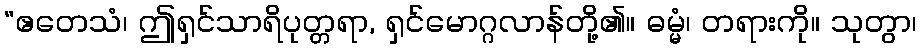
“ဧတေသံ၊ ဤရှင်သာရိပုတ္တရာ, ရှင်မောဂ္ဂလာန်တို့၏။ ဓမ္မံ၊ တရားကို။ သုတွာ၊